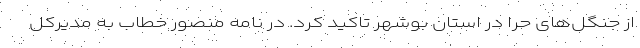
از جنگل‌های حرا در استان بوشهر تاکید کرد. در نامه منصور خطاب به مدیرکل